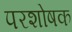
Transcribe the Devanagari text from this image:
परशोषक